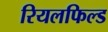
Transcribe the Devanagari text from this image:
रियलफिल्ड